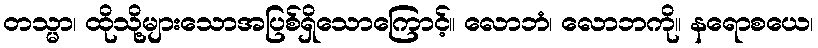
တသ္မာ၊ ထိုသို့များသောအပြစ်ရှိသောကြောင့်။ လောဘံ၊ လောဘကို။ နရောစယေ၊